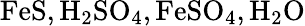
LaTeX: \mathrm{FeS},\mathrm{H_{2}SO_{4}},\mathrm{FeSO_{4}},\mathrm{H_{2}O}